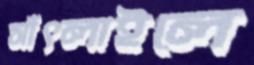
সাঁৎলাইলে